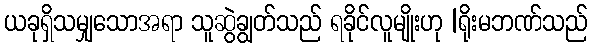
ယခုရှိသမျှသောအရာ သူဆွဲချွတ်သည် ရခိုင်လူမျိုးဟု |ရိုးမဘဏ်သည်